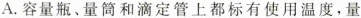
A.容量瓶、量筒和滴定管上都标有使用温度，量